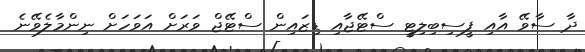
ދާ ސާވޭ އާއި ފީސިބިލިޓީ ސްޓޭޖާއި ޑިޒައިން ސްޓޭޖް ވަރަށް އަވަހަށް ނިންމާލެވޭނެ